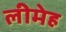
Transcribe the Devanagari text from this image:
लीमेह